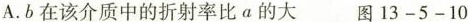
A.b在该介质中的折射率比a的大 图13-5-10